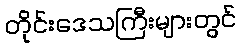
တိုင်းဒေသကြီးများတွင်